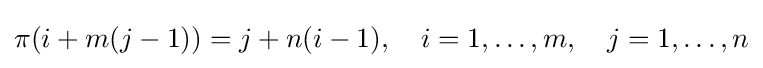
\pi (i+m(j-1))=j+n(i-1),\quad i=1,\dots ,m,\quad j=1,\dots ,n